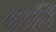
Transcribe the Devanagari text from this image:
कर्फ़ी